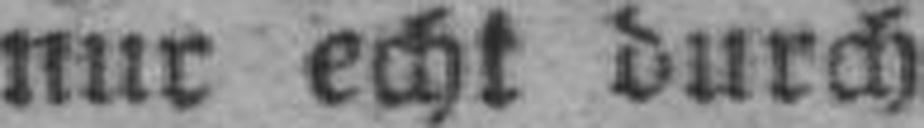
nur echt durch